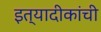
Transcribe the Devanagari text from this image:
इत्यादीकांची